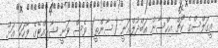
އީގަލްސްގެ ކޯޗް އިހްސާން އަބްދުލްޣަނީ (ސާންތީ) ވެސް ވަނީ ޝާކިއްޓޭގެ ވާހަކަ އަށް